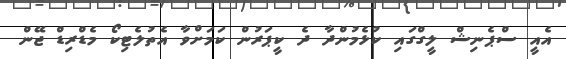
އެއީ ސްޕެނިޝް ލީގްގައި ކުޅެމުންދާ ދެ ކީޕަރުން ކަމަށްވާ އެތުލެޓިކޯ މެޑްރިޑް ޖޭން